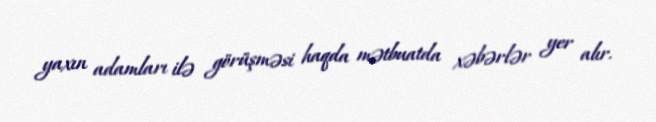
yaxın adamları ilə görüşməsi haqda mətbuatda xəbərlər yer alır.